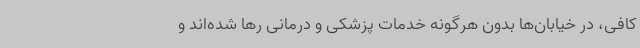
کافی، در خیابان‌ها بدون هرگونه خدمات پزشکی و درمانی رها شده‌اند و